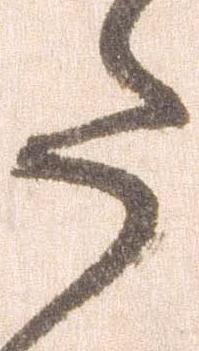
た